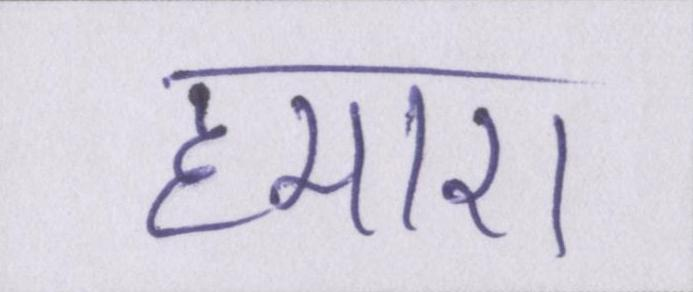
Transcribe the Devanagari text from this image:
हमारा